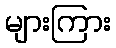
များကြား